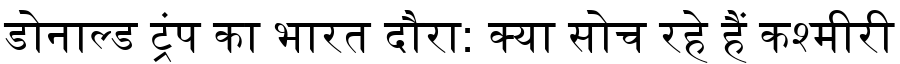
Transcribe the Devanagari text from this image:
डोनाल्ड ट्रंप का भारत दौरा: क्या सोच रहे हैं कश्मीरी